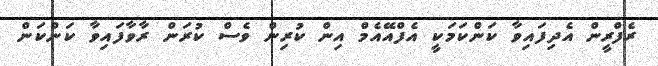
ރެފްރީން އެދިފައިވާ ކަންކަމަކީ އެފްއޭއެމް އިން ކުރިން ވެސް ކުރަން ރާވާފައިވާ ކަންކަން